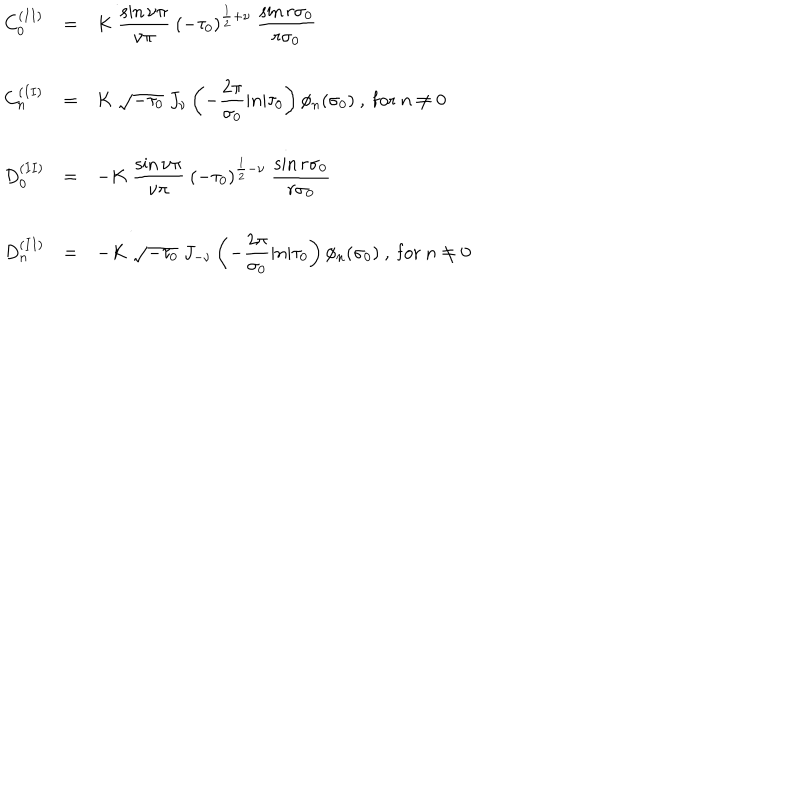
LaTeX: \begin{array} { l c l } { { C _ { 0 } ^ { ( I I ) } } } & { { = } } & { { { \displaystyle K ~ \frac { \sin \nu \pi } { \nu \pi } { } ~ ( - \tau _ { 0 } ) ^ { \frac { 1 } { 2 } + \nu } ~ \frac { \sin r \sigma _ { 0 } } { r \sigma _ { 0 } } } } } \\ { { } } & { { } } & { { } } \\ { { C _ { n } ^ { ( I I ) } } } & { { = } } & { { { \displaystyle K ~ \sqrt { - \tau _ { 0 } } ~ J _ { \nu } \left( - \frac { 2 \pi } { \sigma _ { 0 } } | n | \tau _ { 0 } \right) \phi _ { n } ( \sigma _ { 0 } ) ~ , ~ \mathrm { f o r } ~ n \neq 0 } } } \\ { { } } & { { } } & { { } } \\ { { D _ { 0 } ^ { ( I I ) } } } & { { = } } & { { { \displaystyle - K ~ \frac { \sin \nu \pi } { \nu \pi } { } ~ ( - \tau _ { 0 } ) ^ { \frac { 1 } { 2 } - \nu } ~ \frac { \sin r \sigma _ { 0 } } { r \sigma _ { 0 } } } } } \\ { { } } & { { } } & { { } } \\ { { D _ { n } ^ { ( I I ) } } } & { { = } } & { { { \displaystyle - K ~ \sqrt { - \tau _ { 0 } } ~ J _ { - \nu } \left( - \frac { 2 \pi } { \sigma _ { 0 } } | n | \tau _ { 0 } \right) \phi _ { n } ( \sigma _ { 0 } ) ~ , ~ \mathrm { f o r } ~ n \neq 0 } } } \\ \end{array}